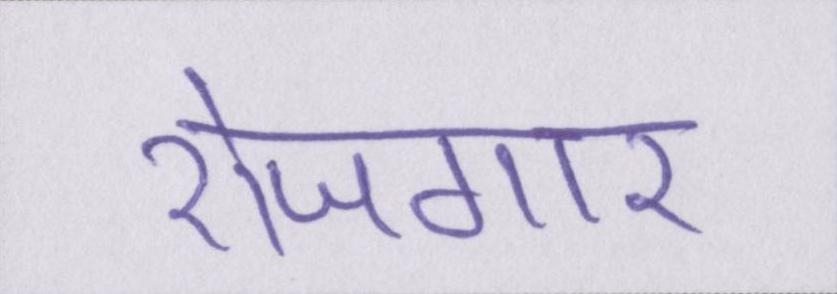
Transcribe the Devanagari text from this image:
रोजगार